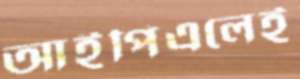
আইপিএলেই